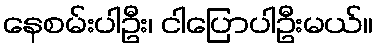
နေစမ်းပါဦး၊ ငါပြောပါဦးမယ်။